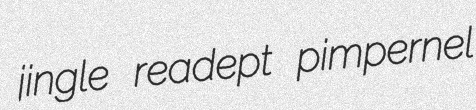
jingle readept pimpernel